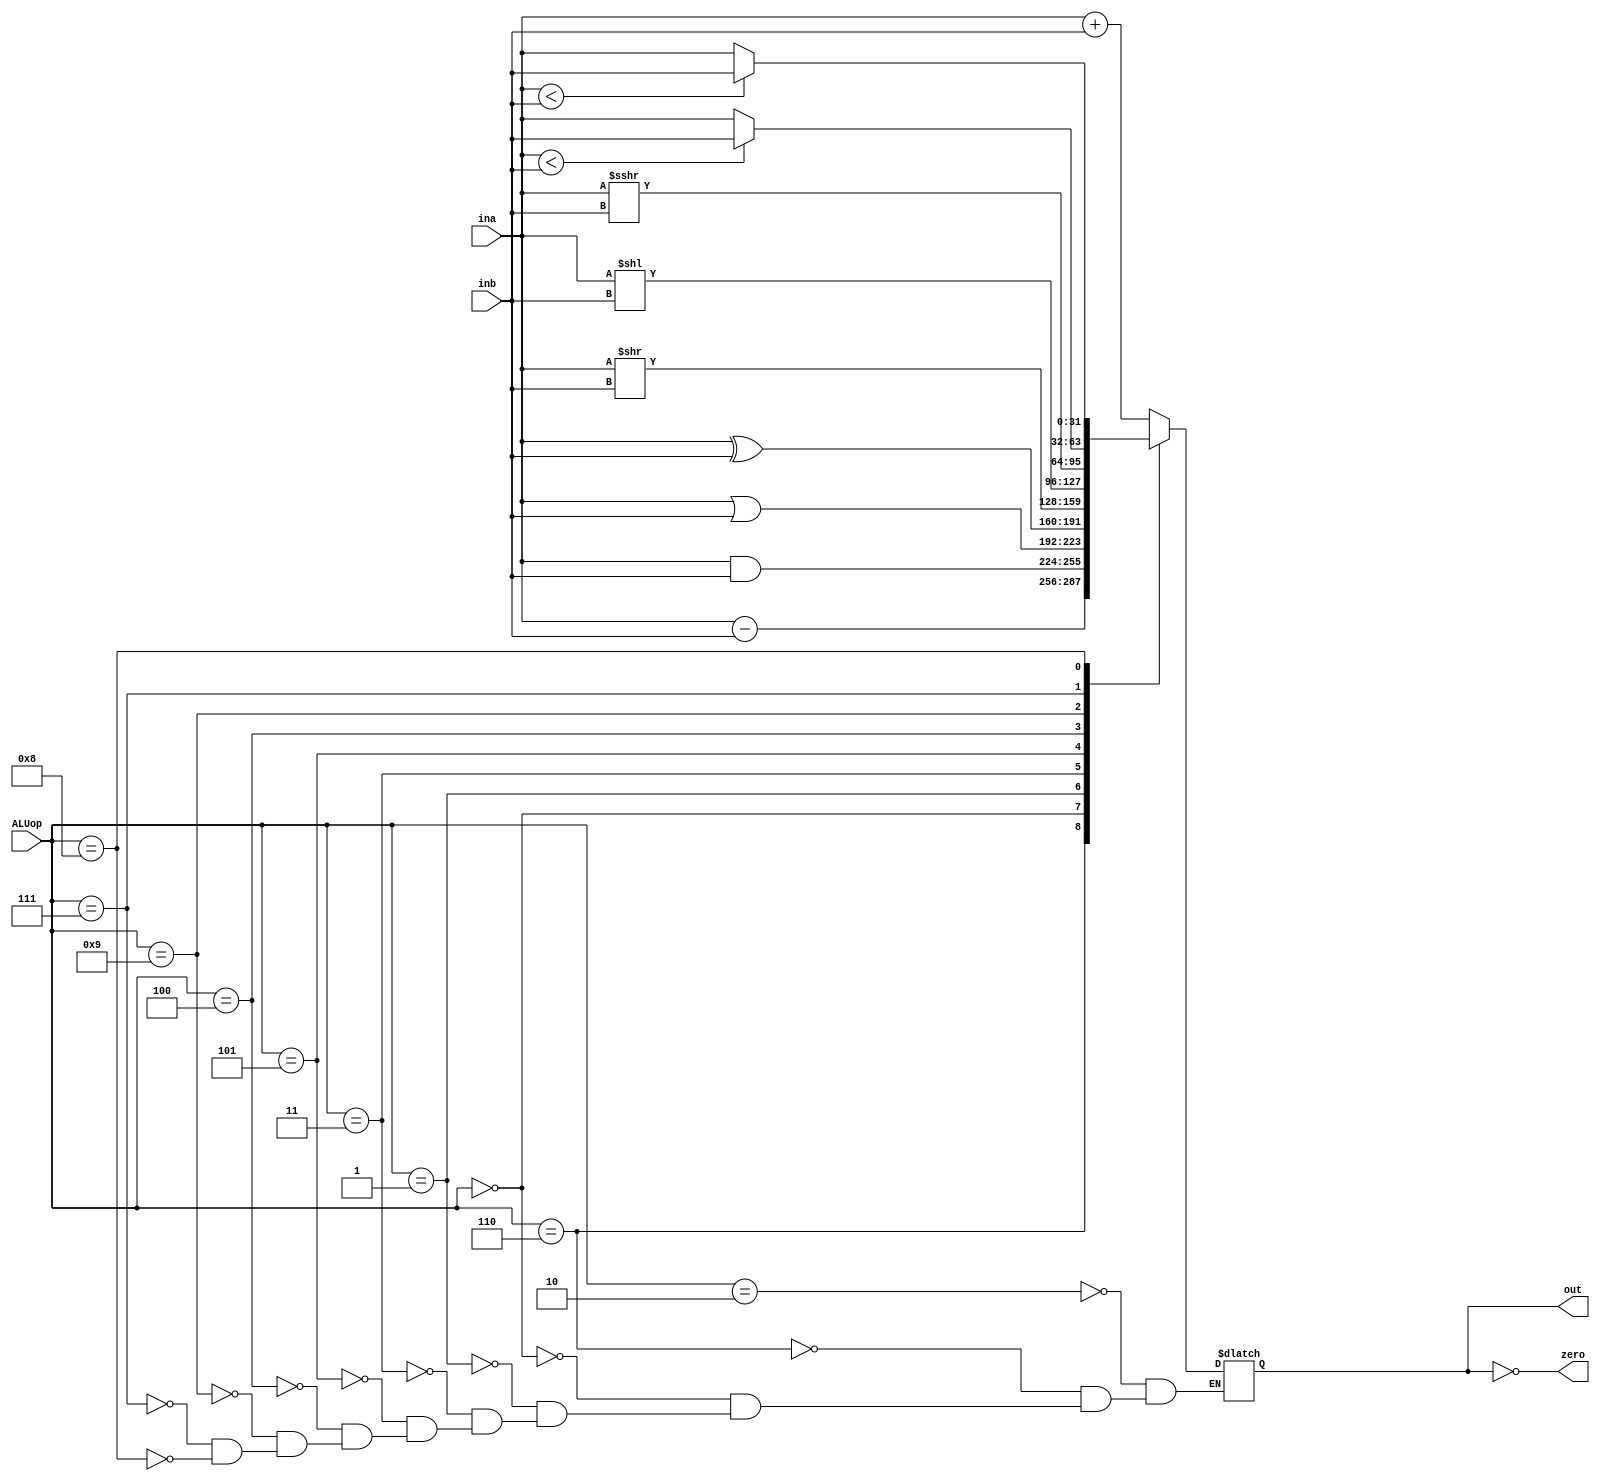
module ALU(input [3:0] ALUop,
            input [31:0] ina,inb,
            output zero,
            output reg [31:0] out);
    wire signed [31:0] signed_ina,signed_inb; 
    reg zero_reg;
    always@(ALUop,ina,inb) begin
        case (ALUop)
            4'b0010 : out <= ina + inb;   //addition
            4'b0110 : out <= ina - inb;   //substraction
            4'b0000 : out <= ina & inb;   //AND
            4'b0001 : out <= ina | inb;   //OR
            4'b0011 : out <= ina ^ inb;   //XOR
            4'b0101 : out <= ina >> inb;  // logical right shift
            4'b0100 : out <= ina << inb;  // logical left shit
            4'b1001 : out <= ina >>> inb; //arithmetic right shift
            4'b0111 : out <= (ina < inb) ? inb : ina; //unsigned set less then
            4'b1000 : out <= (signed_ina < signed_inb) ? inb : ina; //signed set less then
        endcase
        zero_reg = (out == 31'b0);
    end
    assign signed_ina = ina;
    assign signed_inb = inb;
    assign zero = zero_reg;
endmodule